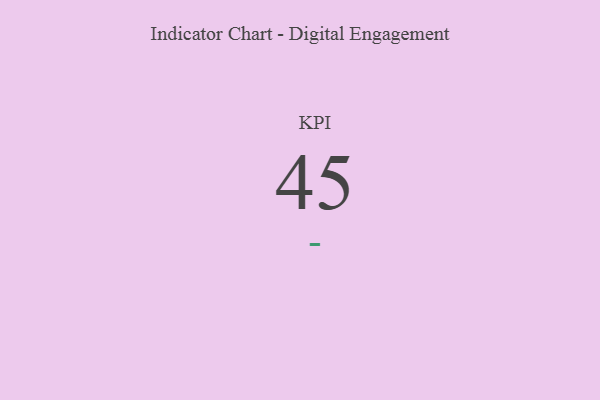
{"axis": {"x": "KPI", "y": "Value"}, "legend": [""], "data": [{"x": "KPI", "y": 45, "type": ""}]}